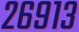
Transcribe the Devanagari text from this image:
२६९१३